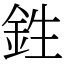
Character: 鉎